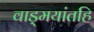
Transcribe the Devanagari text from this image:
वाड्मयांतहि